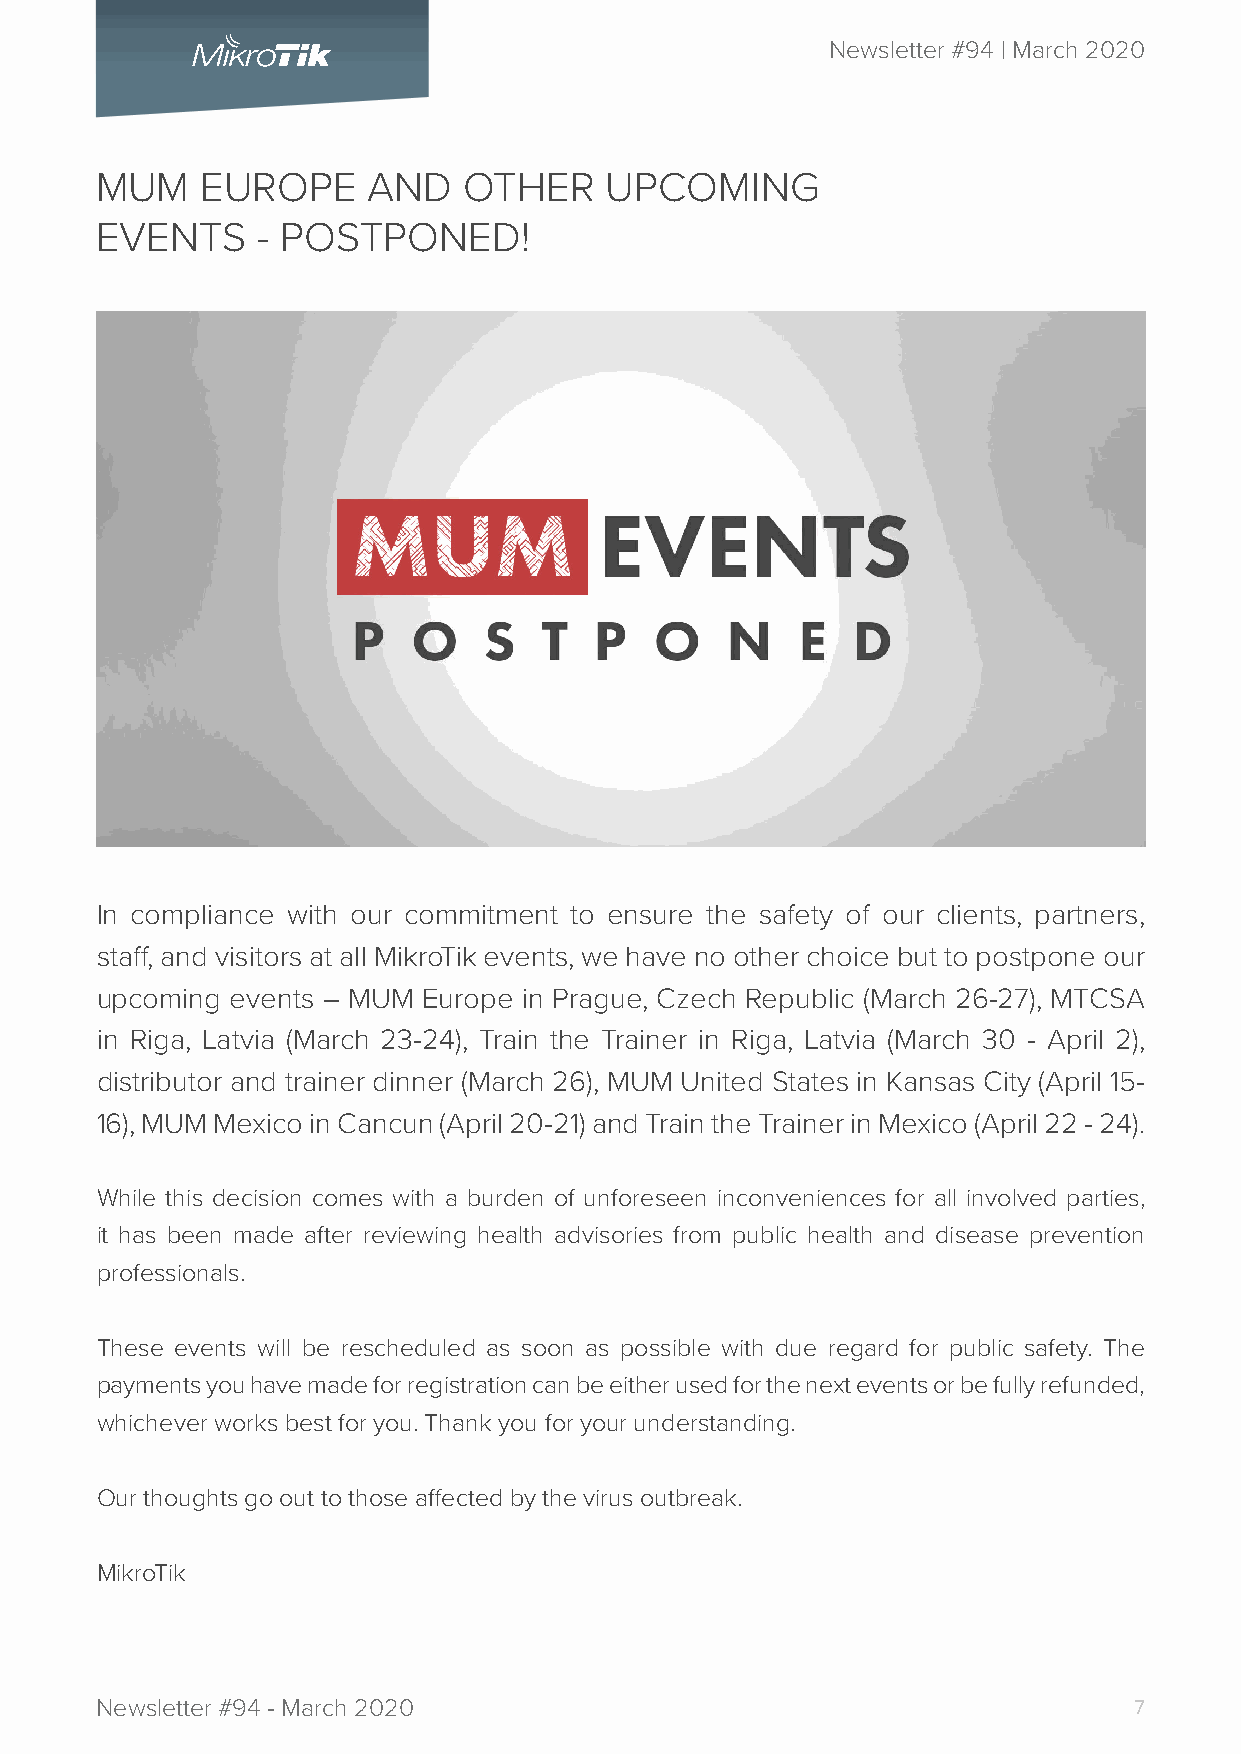
Newsletter #94 | March 2020
 MUM    EUROPE     AND    OTHER    UPCOMING
 EVENTS     - POSTPONED!
 In compliance with our commitment to ensure the safety of our clients, partners,
 staff, and visitors at all MikroTik events, we have no other choice but to postpone our
 upcoming events – MUM Europe in Prague, Czech Republic (March 26-27), MTCSA
 in Riga, Latvia (March 23-24), Train the Trainer in Riga, Latvia (March 30 - April 2),
 distributor and trainer dinner (March 26), MUM United States in Kansas City (April 15-
 16), MUM Mexico in Cancun (April 20-21) and Train the Trainer in Mexico (April 22 - 24).
 While this decision comes with a burden of unforeseen inconveniences for all involved parties,
 it has been made after reviewing health advisories from public health and disease prevention
 professionals.
 These events will be rescheduled as soon as possible with due regard for public safety. The
 payments you have made for registration can be either used for the next events or be fully refunded,
 whichever works best for you. Thank you for your understanding.
 Our thoughts go out to those affected by the virus outbreak.
 MikroTik
 Newsletter #94 - March 2020                                          7